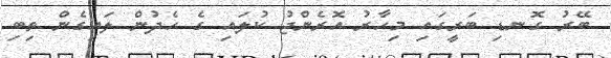
ބޭރު ގޮނޑި ބަރީގައި މިހާރު އޮރެންޖު ކުލައި ގެ ހެދުން ލައިގެން ތިބި